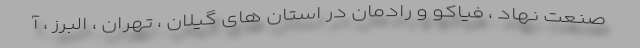
صنعت نهاد ، فیاکو و رادمان در استان های گیلان ، تهران ، البرز ، آ